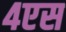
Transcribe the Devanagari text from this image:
४एस